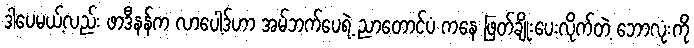
ဒါပေမယ့်လည်း ဖာဒီနန်က လာပေါ့ဒ်ဟာ အမ်ဘက်ပေရဲ့ ညာတောင်ပံ ကနေ ဖြတ်ချိုးပေးလိုက်တဲ့ ဘောလုံးကို